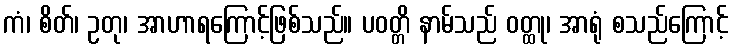
ကံ၊ စိတ်၊ ဥတု၊ အာဟာရကြောင့်ဖြစ်သည်။ ပဝတ္တိ နာမ်သည် ဝတ္ထု၊ အာရုံ စသည်ကြောင့်